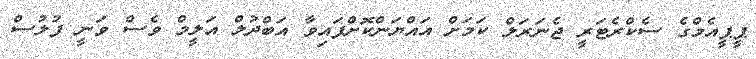
ޕީޕީއެމްގެ ސެކްރެޓަރީ ޖެނަރަލް ކަމަށް އައްޔަންކޮށްފައިވާ އަބްދުލް އަލީމް ވެސް ވަނީ ފުލުސް